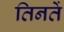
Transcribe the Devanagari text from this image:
तिनतें